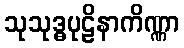
သုသုဒ္ဓပုဠိနာကိဏ္ဏာ